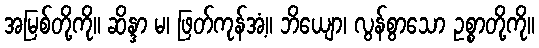
အမြစ်တို့ကို။ ဆိန္ဒာ မ၊ ဖြတ်ကုန်အံ့။ ဘိယျော၊ လွန်စွာသော ဥစ္စာတို့ကို။